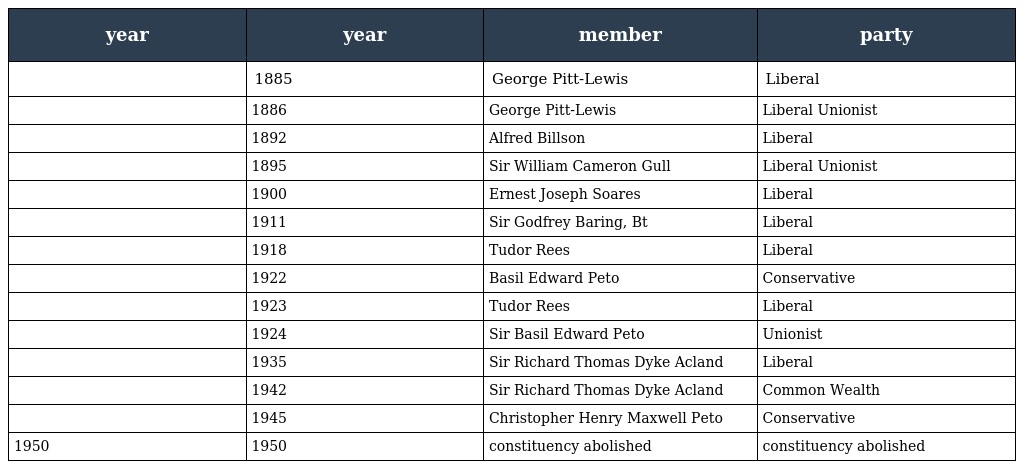
| year | year | member | party |
 | --- | --- | --- | --- |
 |  | 1885 | George Pitt-Lewis | Liberal |
 |  | 1886 | George Pitt-Lewis | Liberal Unionist |
 |  | 1892 | Alfred Billson | Liberal |
 |  | 1895 | Sir William Cameron Gull | Liberal Unionist |
 |  | 1900 | Ernest Joseph Soares | Liberal |
 |  | 1911 | Sir Godfrey Baring, Bt | Liberal |
 |  | 1918 | Tudor Rees | Liberal |
 |  | 1922 | Basil Edward Peto | Conservative |
 |  | 1923 | Tudor Rees | Liberal |
 |  | 1924 | Sir Basil Edward Peto | Unionist |
 |  | 1935 | Sir Richard Thomas Dyke Acland | Liberal |
 |  | 1942 | Sir Richard Thomas Dyke Acland | Common Wealth |
 |  | 1945 | Christopher Henry Maxwell Peto | Conservative |
 | 1950 | 1950 | constituency abolished | constituency abolished |